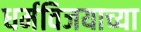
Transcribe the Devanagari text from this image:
धर्मविजयाच्या